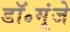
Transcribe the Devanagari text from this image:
डॉ॰मूंजे